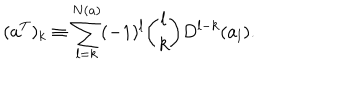
( a ^ { T } ) _ { k } \equiv \sum _ { l = k } ^ { N ( a ) } ( - 1 ) ^ { l } { \binom { l } { k } } D ^ { l - k } ( a _ { l } ) .